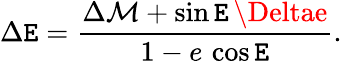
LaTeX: \Delta\mathtt{E}=\frac{{\Delta\mathcal{{M}}+\sin\mathtt{E}\, \Deltae}}{{1-e\, \cos\mathtt{E}}}.